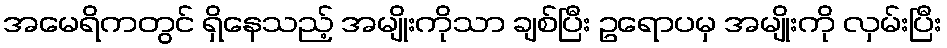
အမေရိကတွင် ရှိနေသည့် အမျိုးကိုသာ ချစ်ပြီး ဥရောပမှ အမျိုးကို လှမ်းပြီး